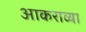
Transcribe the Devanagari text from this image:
आकराव्या